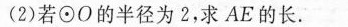
(2)若\odot O的半径为2，求AE的长.